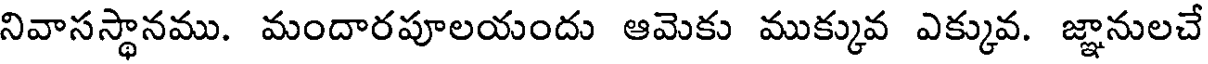
నివాసస్థానము. మందారపూలయందు ఆమెకు ముక్కువ ఎక్కువ. జ్ఞానులచే